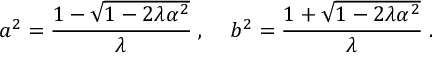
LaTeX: a ^ { 2 } = \frac { 1 - \sqrt { 1 - 2 \lambda \alpha ^ { 2 } } } { \lambda } \; , \; \; \; \; b ^ { 2 } = \frac { 1 + \sqrt { 1 - 2 \lambda \alpha ^ { 2 } } } { \lambda } \; .